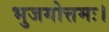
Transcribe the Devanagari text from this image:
भुजगोत्तमः।